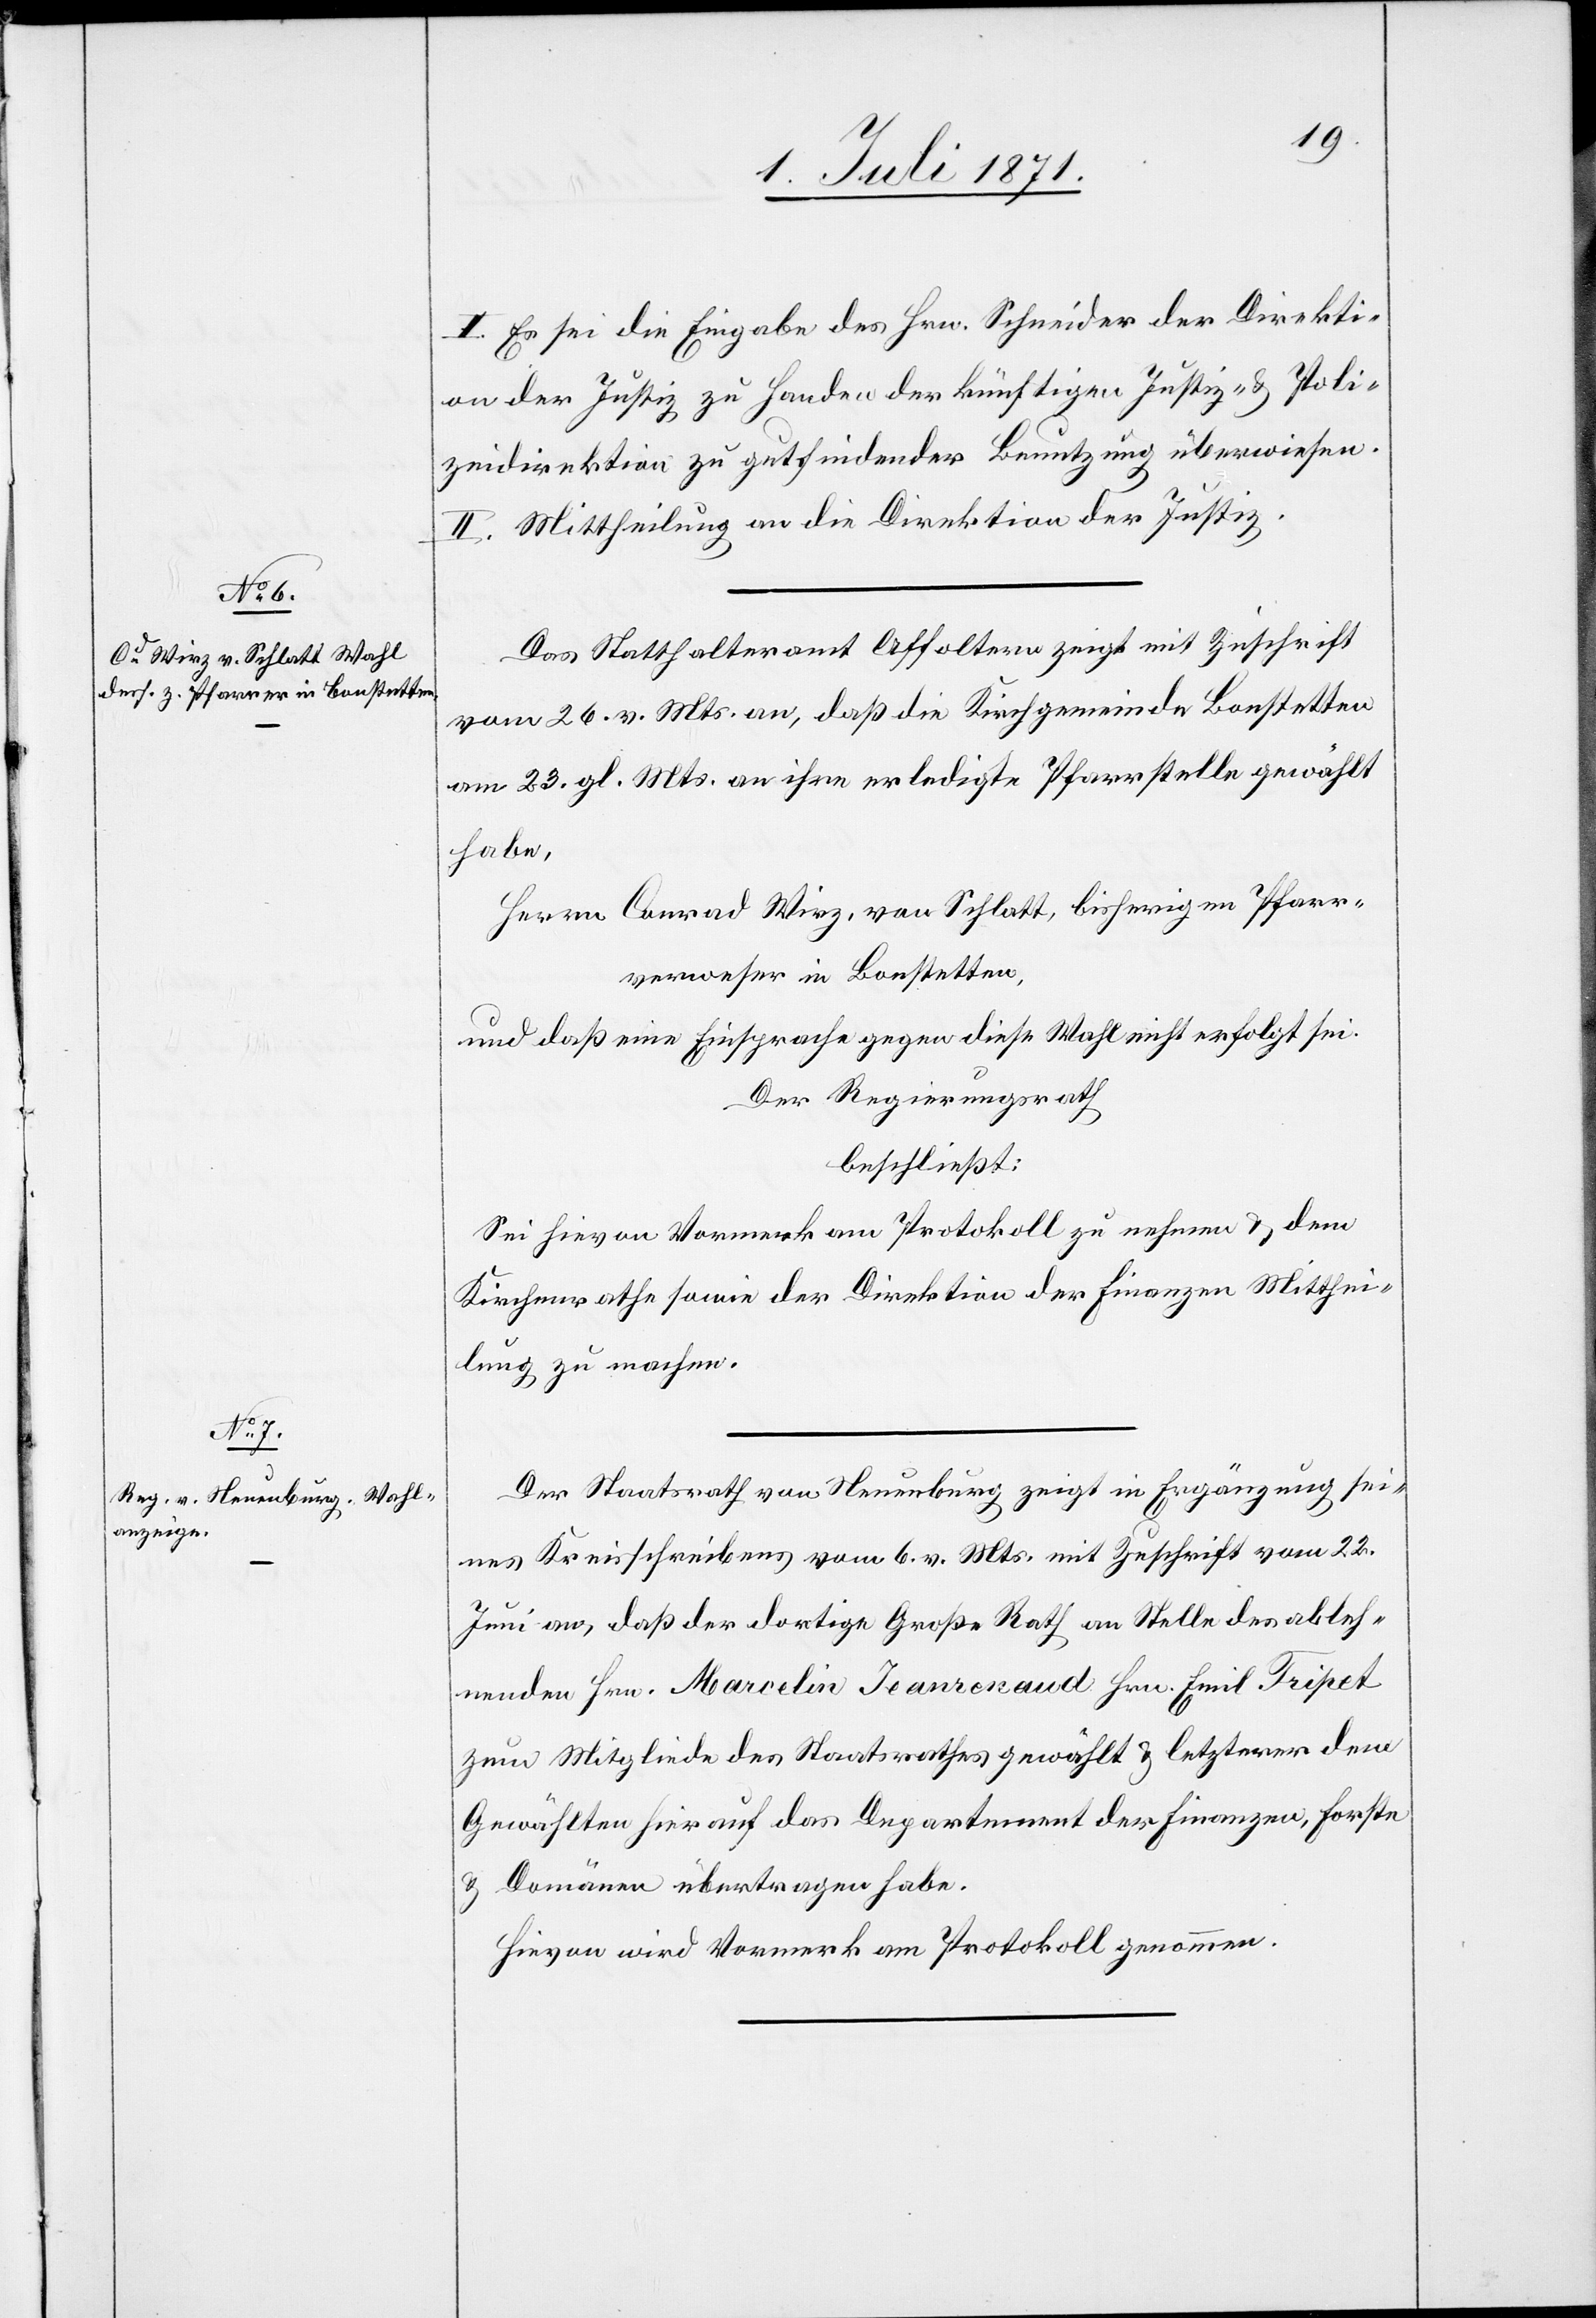
I. Es sei die Eingabe des Hrn. Schneider der Direkti¬
on der Justiz zu Handen der künftigen Justiz- u. Poli¬
zeidirektion zu gutfindender Benutzung überwiesen.
II. Mittheilung an die Direktion der Justiz.
Das Statthalteramt Affoltern zeigt mit Zuschrift
vom 26. v. Mts. an, daß die Kirchgemeinde Bonstetten
am 23. gl. Mts. an ihre erledigt Pfarrstelle gewählt
habe:
Herrn Conrad Wirz, von Schlatt, bisherigen Pfarr¬
verweser in Bonstetten,
und daß eine Einsprache gegen diese Wahl nicht erfolgt sei.
Der Regierungsrath
beschließt:
Sei hievon Vormerk am Protokoll zu nehmen u. dem
Kirchenrathe sowie der Direktion der Finanzen Mitthei¬
lung zu machen.
Der Staatsrath von Neuenburg zeigt in Ergänzung sei¬
nes Kreisschreibens vom 6. v. Mts. mit Zuschrift vom 22.
Juni an, daß der dortige Große Rath an Stelle des ableh¬
nenden Hrn. Marcelin Jeanrenaud Hrn. Emil Tripet
zum Mitgliede des Staatsrathes gewählt u. letzerer dem
Gewählten hierauf das Departement der Finanzen, Forste
u. Domänen übertragen habe.
Hievon wird Vormerk am Protokoll genommen.